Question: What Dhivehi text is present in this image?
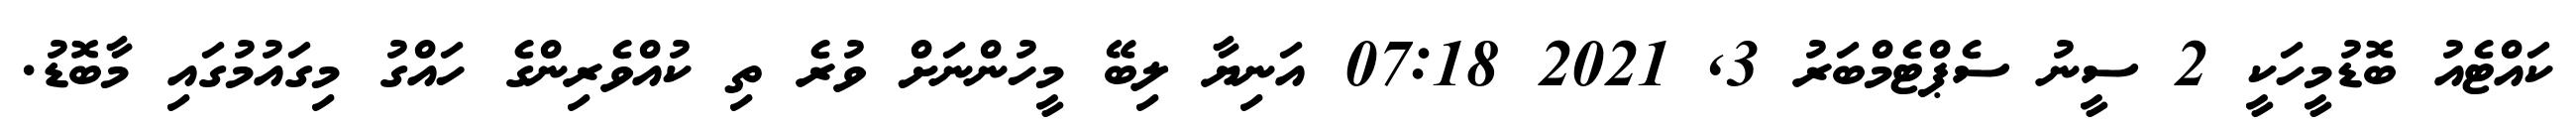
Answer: ކައްޓެއު ބޮޑުމީހަކީ 2 ސީނު ސެޕްޓެމްބަރު 3, 2021 07:18 އަނިޔާ ލިބޭ މީހުންނަށް ވުރެ ތި ކުއްވެރިންގެ ހައްގު މިގައުމުގައި މާބޮޑު.